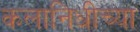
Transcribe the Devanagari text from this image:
कलानिधीच्या